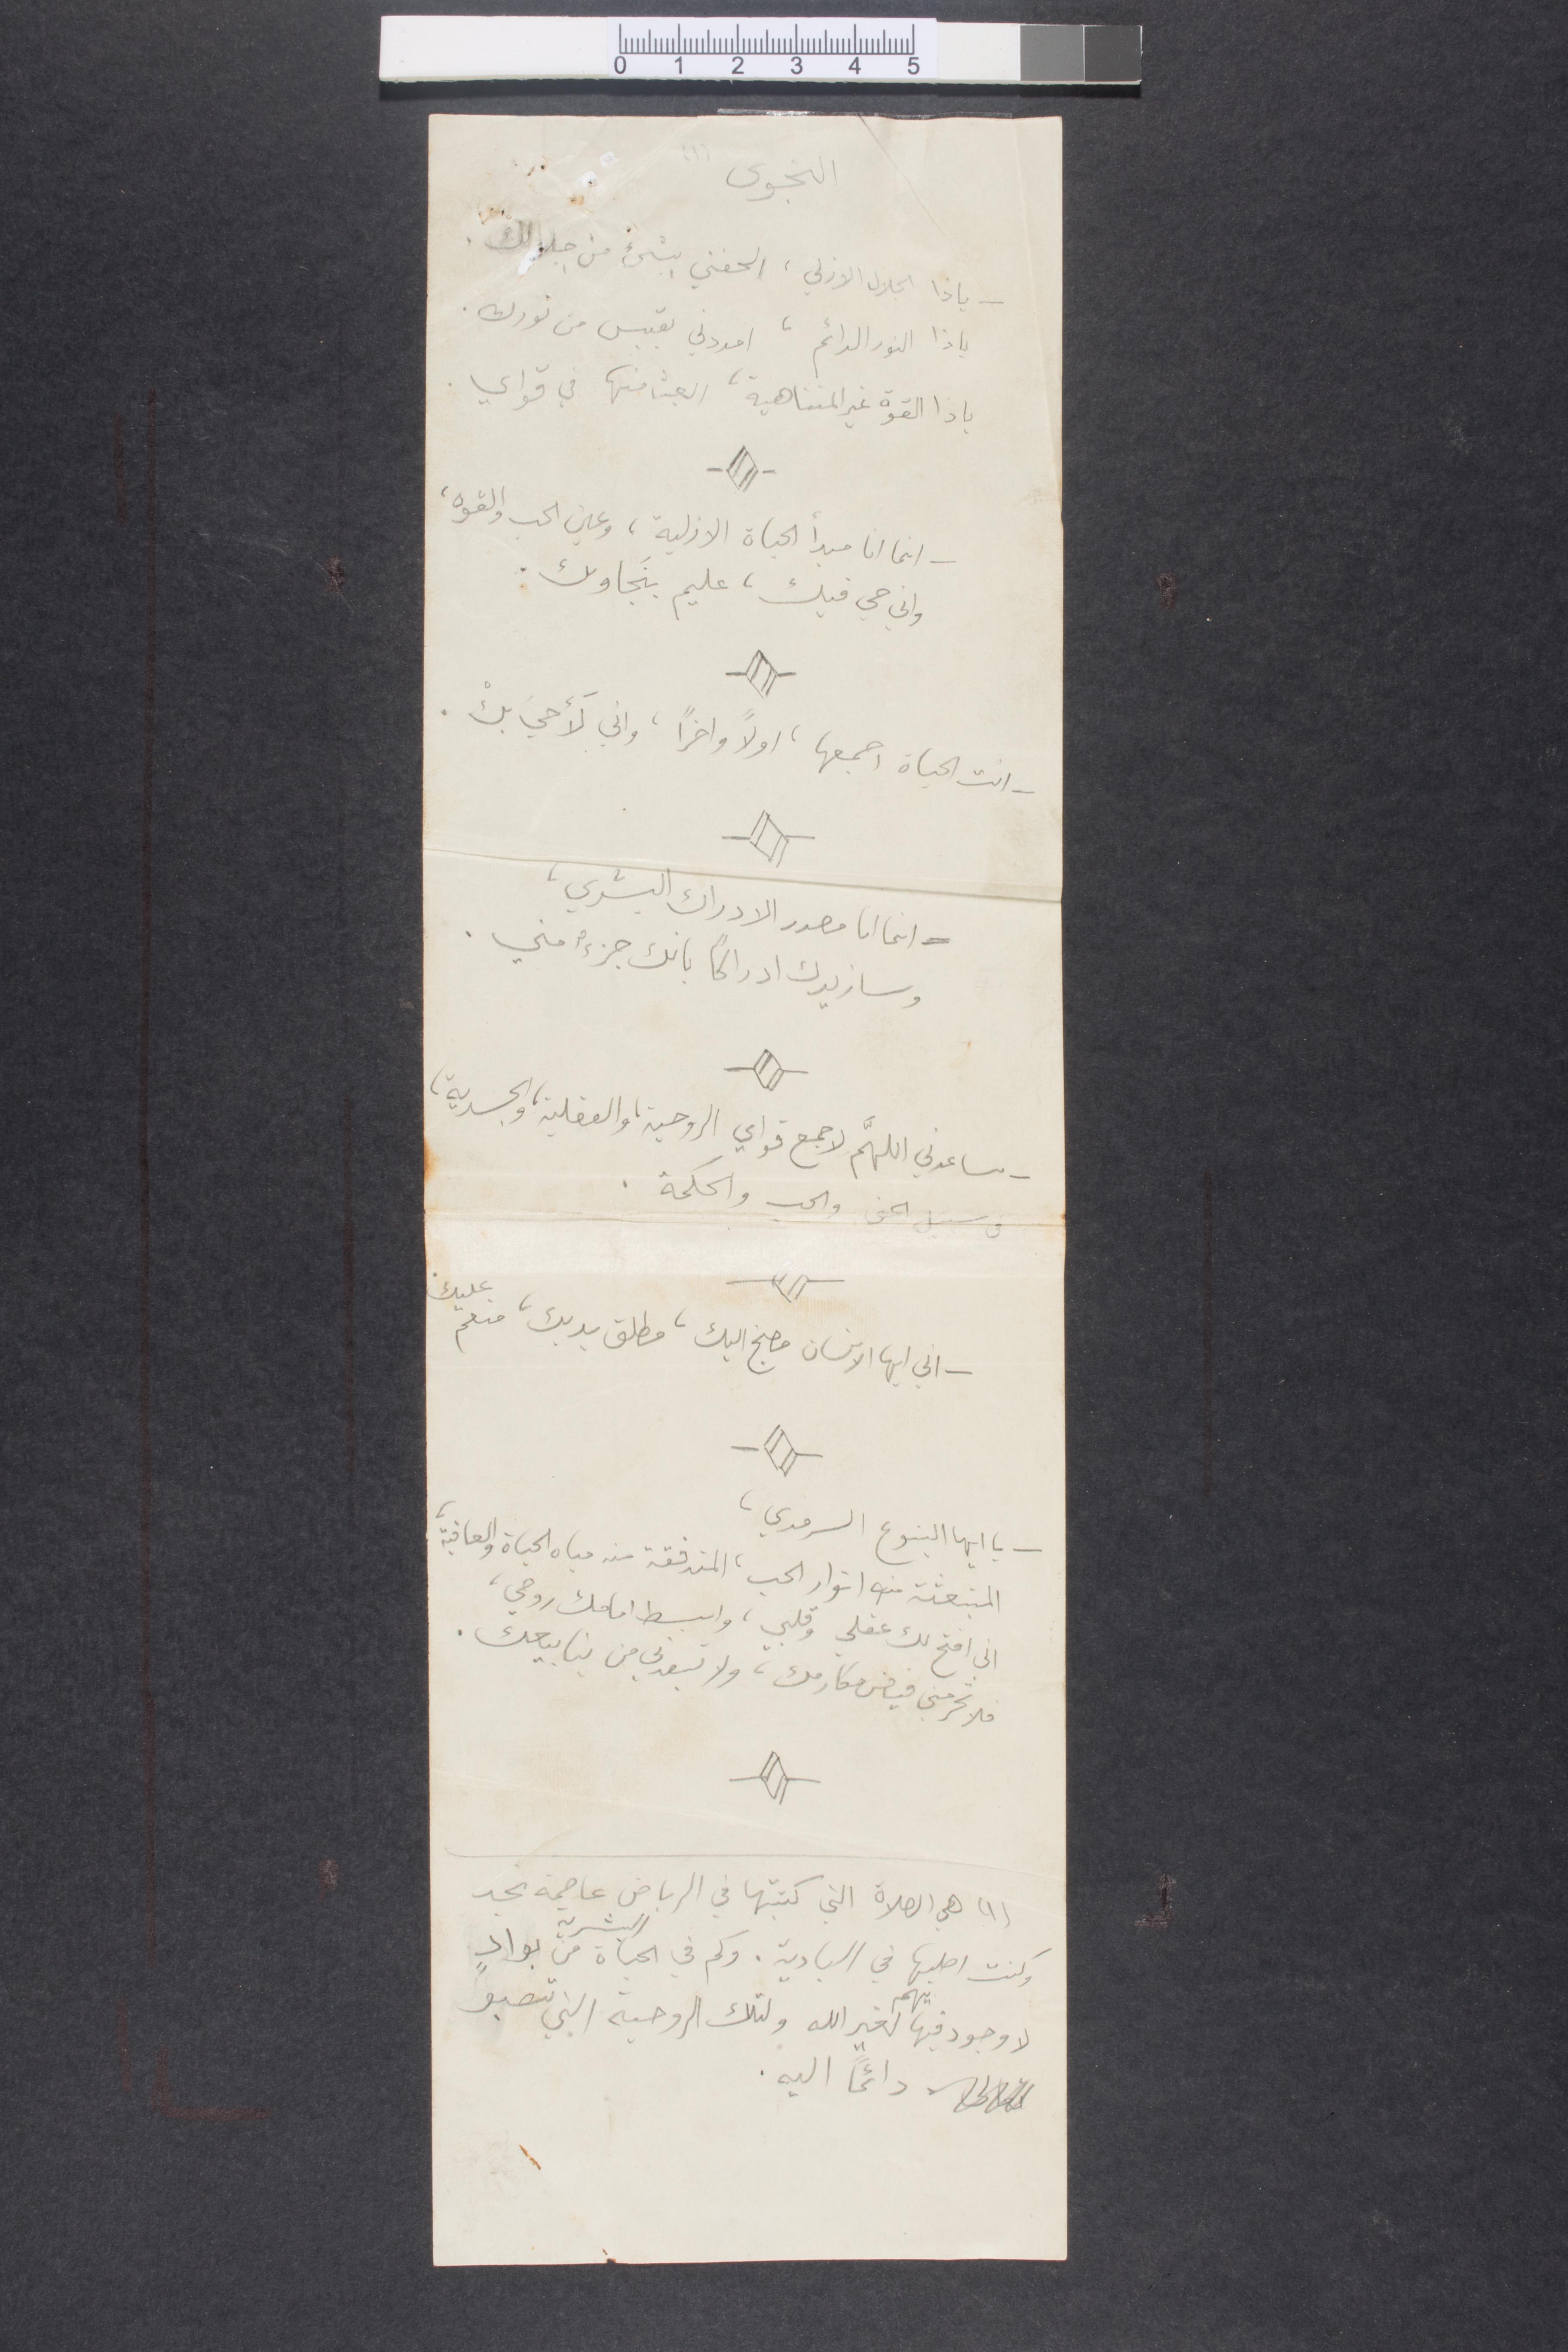
النجوى
ياذا الجلال الأزلي، الحفني بشيء من جلالك
ياذا النور الدائم، امددني بقبس من نورك
ياذا القوة غير المتناهية، ابعث منها في قواي
انما انا مبدأ الحياة الأزلية، وعين الحب والقوة
واني في قلبك، عليم بنجاولك
انت الحياة اجمعها، اولًا واخرًا، واني لأحيَ بكْ
انما انا مصدر الادراك البشري
وسازيدك ادراكًا بانك جزءٌ مني
ساعدني اللهم لأجمع قواي الروحية والفعلية والجسدية
في سبيل الحق والحب والحكمة
اني أيها الانسان مضنج اليك، مطلق يديك، منعم عليك
يا أيها الينبوع السرمدي
المنبعثة من انوار الحب، المتدفقة من مياه الحياة والعافية
اني افتح لك عقلي وقلبي وابسط امامك روحي
الا تحرمني فيض مكارمك، ولا تبعدني من ينابيعك
(١) هي الصلاة التي كتبتها في الرياض عاصمة نجد
وكنت اطلبها في البادية. وكم في الحياة البشرية من بوادٍ
لا وجود فيها الهام لغير الله ولتك الروحية التي تصبو
دائمًا اليه